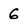
Character: 6